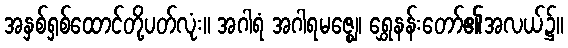
အနှစ်ရှစ်ထောင်တို့ပတ်လုံး။ အဂါရံ အဂါရမဇ္ဈေ၊ ရွှေနန်းတော်၏အလယ်၌။